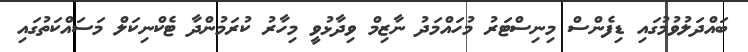
ބައްދަލުވުމުގައި ޑިފެންސް މިނިސްޓަރު މުހައްމަދު ނާޒިމް ވިދާޅުވީ މިހާރު ކުރަމުންދާ ޓެކްނިކަލް މަސައްކަތުގައި